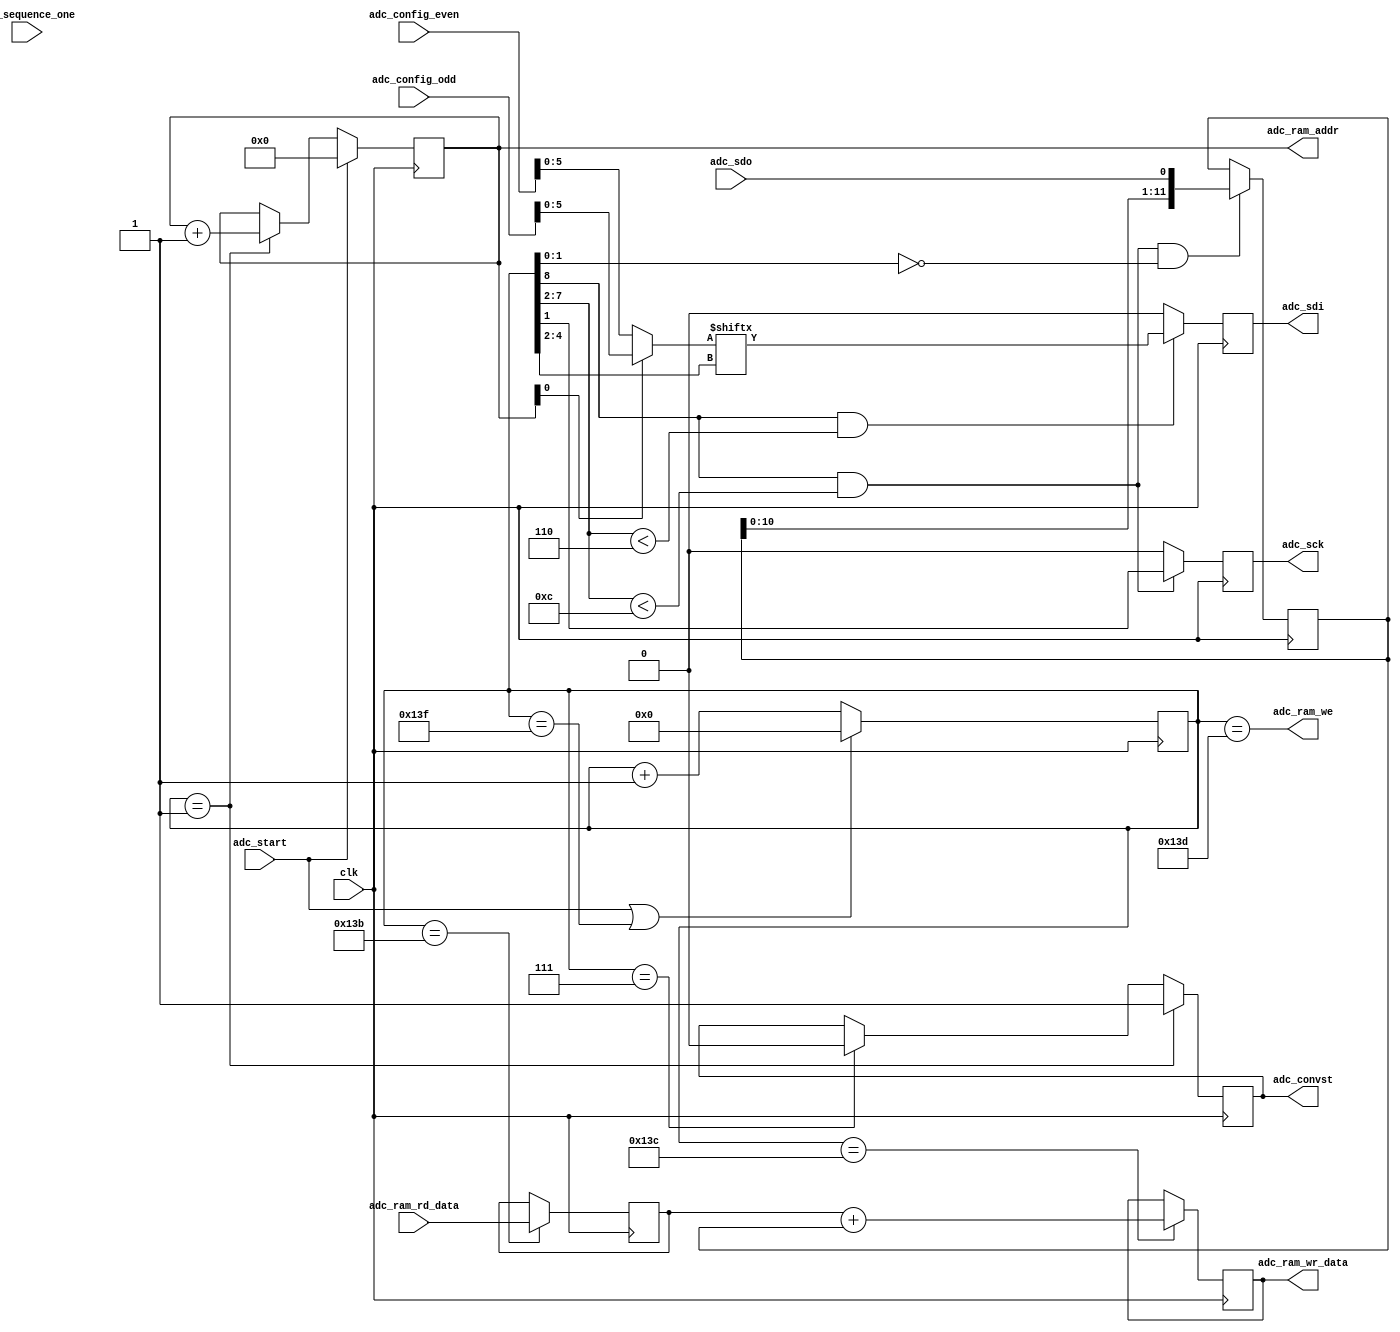
module adc_capture (
  output reg adc_convst,
  output reg adc_sck,
  output reg adc_sdi,
  input   adc_sdo,

  input          clk, // 160MHz, 6.25 ns
  output reg [11:0] adc_ram_addr,
  input   [31:0] adc_ram_rd_data,
  output         adc_ram_we,
  output reg [31:0] adc_ram_wr_data,

  input   [31:0] adc_config_odd,
  input   [31:0] adc_config_even,
  input adc_start,
  input adc_sequence_one
);

//wire [5:0] adc_config [0:1];
//assign adc_config[0][5:0] = adc_config_even[5:0];
//assign adc_config[1][5:0] = adc_config_odd[5:0];
wire [5:0] adc_config;
assign adc_config = ( adc_ram_addr[0] == 1'b1 ) ? adc_config_odd[5:0] : adc_config_even[5:0];
wire start_t_cyc;
assign start_t_cyc = adc_start;
                // tCYC    | Total Cycle Time | 2 s       (320) /0001 0100 0000/
wire t_wh_conv; // tWHCONV | CONVST High Time | min 20 ns    (4) /0000 0000 0100/
wire t_conv;    // tCONV   | Conversion Time  | max 1.6 s (256) /0001 0000 0000/

reg [8:0] t_cyc_counter;
always @(posedge clk) begin
  if (start_t_cyc || (t_cyc_counter == 9'd319))
    t_cyc_counter <= 9'b0;
  else
    t_cyc_counter <= t_cyc_counter + 1'b1;
end

always @(posedge clk) begin
  if (start_t_cyc)
    adc_ram_addr <= 9'b0;
  else if (t_cyc_counter == 8'd1)
    adc_ram_addr <= adc_ram_addr + 1'b1;
end

// adc_convst
/* A rising edge at CONVST begins a conversion. For best performance,
ensure that CONVST returns low within 40ns after the conversion starts
or after the conversion ends.*/
always @(posedge clk) begin
  if (t_cyc_counter == 8'd1)
    adc_convst <= 1'b1;
  else if (t_cyc_counter == 8'd7)
    adc_convst <= 1'b0;
end

// adc_sck
always @(posedge clk) begin
  if ((t_cyc_counter[8] == 1'b1) && (t_cyc_counter[7:2] < 6'd12))
    adc_sck <= t_cyc_counter[1];
  else
    adc_sck <= 1'b0;
end

// adc_sdi
always @(posedge clk) begin
  if ((t_cyc_counter[8] == 1'b1) && (t_cyc_counter[7:2] < 6'd6))
    //adc_sdi = adc_config[adc_ram_addr[0]][t_cyc_counter[4:2]];
    adc_sdi <= adc_config[t_cyc_counter[4:2]];
  else
    adc_sdi <= 1'b0;
end

// adc_sdo
reg [11:0] adc_data;
always @(posedge clk) begin
  if ((t_cyc_counter[8] == 1'b1) && (t_cyc_counter[7:2] < 6'd12) && (t_cyc_counter[1:0] == 2'b0))
    adc_data <= {adc_data[10:0],adc_sdo};
end

// wr mem
reg [31:0] adc_ram_rd_data_reg;
always @(posedge clk) begin
  if (t_cyc_counter == 9'd315)
    adc_ram_rd_data_reg <= adc_ram_rd_data;
end
always @(posedge clk) begin
  if (t_cyc_counter == 9'd316)
    adc_ram_wr_data <= adc_ram_rd_data_reg + adc_data;
end
assign adc_ram_we = t_cyc_counter == 9'd317;

endmodule